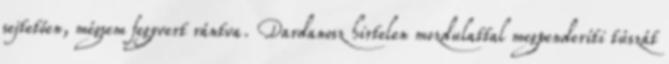
sejtetően, mégsem fegyvert rántva. Dardanosz hirtelen mozdulattal megpenderíti túszát